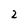
Character: 2